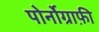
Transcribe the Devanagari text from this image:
पोर्नोग्राफ़ी